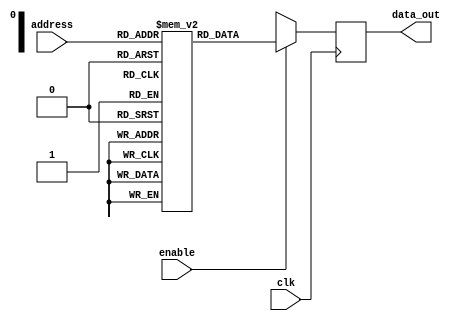
//Verilog Code for 16x4 ROM
module ROM(clk,enable,address,data_out);

input clk,enable;
input [3:0]address;

output reg [3:0]data_out;

reg [3:0]mem[15:0];

always@(posedge clk)
begin
    if(enable)
       data_out<=mem[address];
    else 
       data_out<=4'bxxxx;
end

initial begin
mem[0]=4'b1111;
mem[1]=4'b1110;
mem[2]=4'b1101;
mem[3]=4'b1100;
mem[4]=4'b1011;
mem[5]=4'b1010;
mem[6]=4'b1001;
mem[7]=4'b1000;
mem[8]=4'b0111;
mem[9]=4'b0110;
mem[10]=4'b0101;
mem[11]=4'b0100;
mem[12]=4'b0011;
mem[13]=4'b1010;
mem[14]=4'b0001;
mem[15]=4'b0000;
end

endmodule